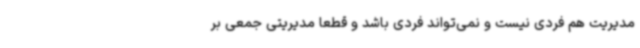
مدیریت‌ هم فردی نیست و نمی‌تواند فردی باشد و قطعاً مدیریتی جمعی بر